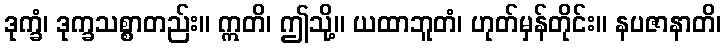
ဒုက္ခံ၊ ဒုက္ခသစ္စာတည်း။ ဣတိ၊ ဤသို့။ ယထာဘူတံ၊ ဟုတ်မှန်တိုင်း။ နပဇာနာတိ၊